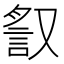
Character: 𧧙